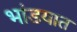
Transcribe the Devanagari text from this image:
भांडयात